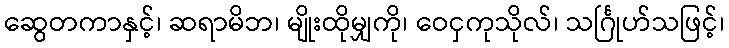
ဆွေတကာနှင့်၊ ဆရာမိဘ၊ မျိုးထိုမျှကို၊ ဝေငှကုသိုလ်၊ သင်္ဂြုဟ်သဖြင့်၊